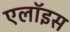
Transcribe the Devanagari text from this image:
एलॉइस